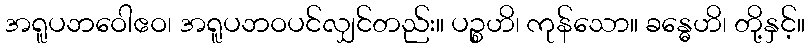
အရူပဘဝေါဧဝ၊ အရူပဘဝပင်လျှင်တည်း။ ပဉ္စဟိ၊ ကုန်သော။ ခန္ဓေဟိ၊ တို့နှင့်။